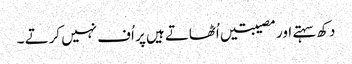
دکھ سہتے اور مصیبتیں اُٹھاتے ہیں پر اُف نہیں کرتے ۔